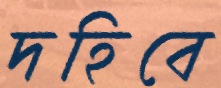
দহিবে